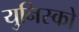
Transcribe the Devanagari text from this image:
युनिस्को